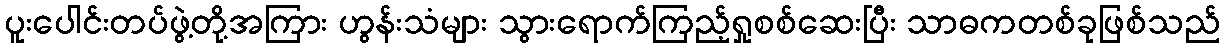
ပူးပေါင်းတပ်ဖွဲ့တို့အကြား ဟွန်းသံများ သွားရောက်ကြည့်ရှုစစ်ဆေးပြီး သာဓကတစ်ခုဖြစ်သည်